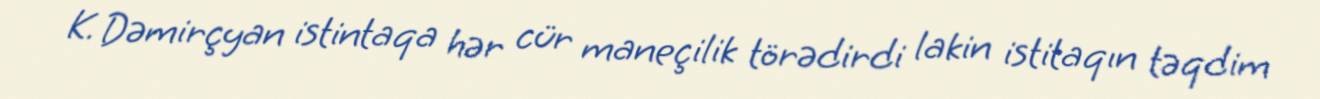
K. Dəmirçyan istintaqa hər cür maneçilik törədirdi lakin istitaqın təqdim